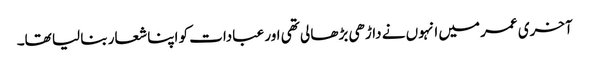
آخری عمر میں انہوں نے داڑھی بڑھا لی تھی اور عبادات کو اپنا شعار بنا لیا تھا۔